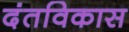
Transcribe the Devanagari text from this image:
दंतविकास